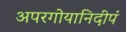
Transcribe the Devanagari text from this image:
अपरगोयानिदीपं